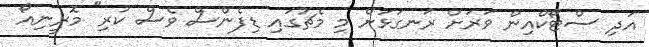
އަދި ސްޓޯކްއިން ވަރަށް ރަނގަޅަށް މި މެޗުގައި ޑިފެންސް ވެސް ކުރި" މޮރީނިއޯ